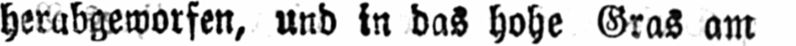
herabgeworfen, und in das hohe Gras am